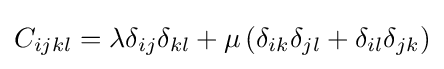
C_{ijkl}=\lambda \delta _{ij}\delta _{kl}+\mu \left(\delta _{ik}\delta _{jl}+\delta _{il}\delta _{jk}\right)